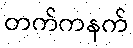
တက်ကနက်